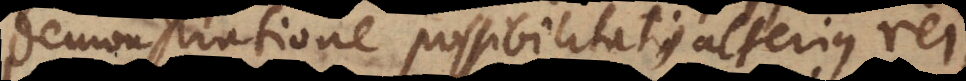
demonstratione possibilitatis alterius rei